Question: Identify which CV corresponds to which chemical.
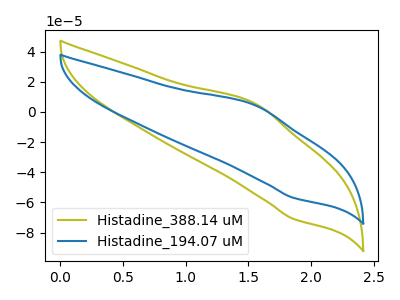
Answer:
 <answer>The olive curve is labeled "Histadine_388.14 uM". The blue curve is labeled "Histadine_194.07 uM".</answer>
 <eval></eval>